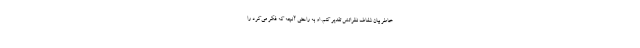
خاطر بیان شفاف نظراتش تقدیر کنم. او به راحتی آنچه که فکر می‌کرد را